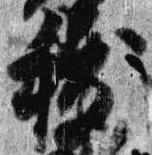
祓